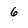
Character: 6